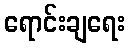
ရောင်းချရေး